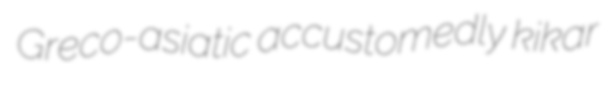
Greco-asiatic accustomedly kikar